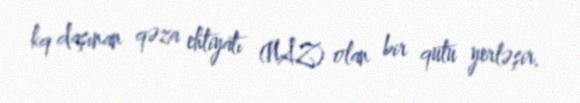
kq daşınan qəza ehtiyatı (NAZ) olan bir qutu yerləşir.